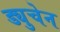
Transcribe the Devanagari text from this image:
ड्युचेन